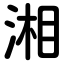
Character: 湘